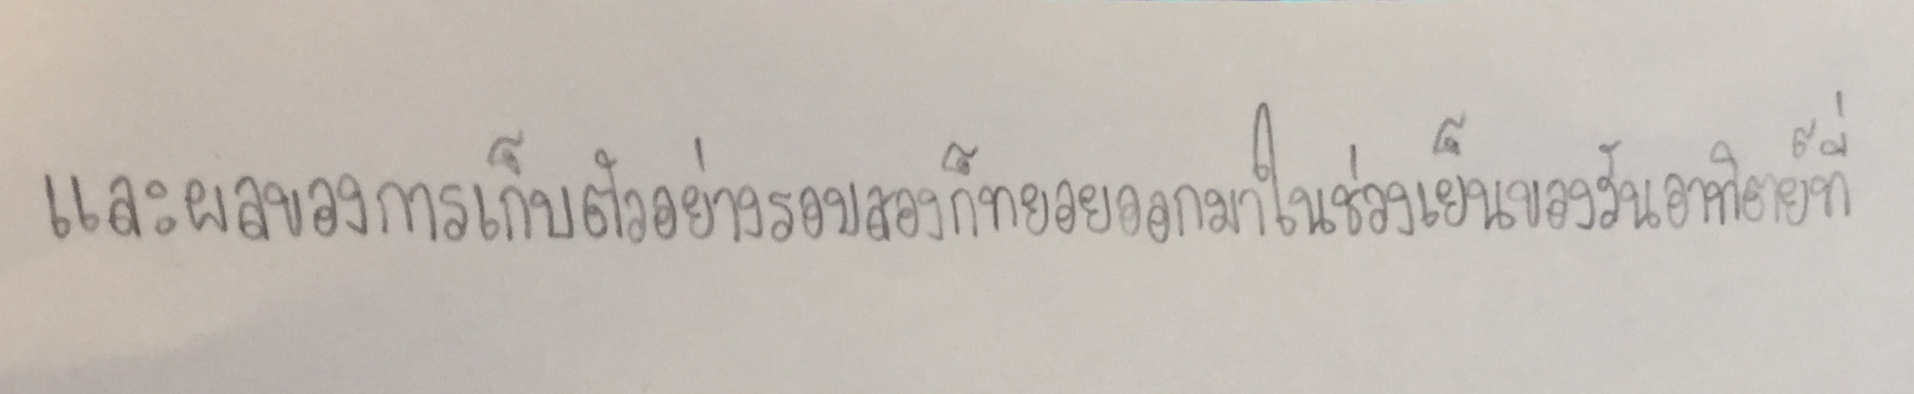
และผลของการเก็บตัวอย่างรอบสองก็จะทยอยออกมาในช่วงเย็นของวันอาทิตย์ที่